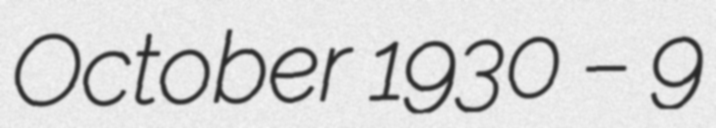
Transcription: October 1930 – 9